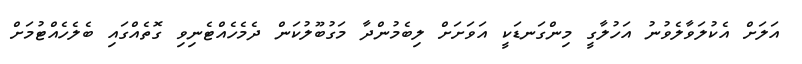
އަލަށް އެކުލަވާލެވުނު އަހުލާގީ މިންގަނޑަކީ އަވަށަށް ލިބެމުންދާ މަގުބޫލުކަން ދެމެހެއްޓެނިވި ގޮތެއްގައި ބެލެހެއްޓުމަށް